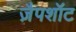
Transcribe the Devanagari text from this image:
ज़ैपशॉट